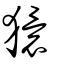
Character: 獧